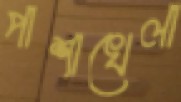
পাশাখেলা